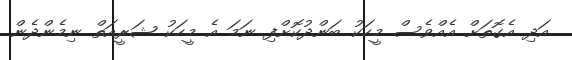
އަދި އެގޮތަށް އެއްވެސް މީހަކު ބަންދުކޮށްފި ނަމަ އެ މީހަކު ޝަރީއަތް ނިމެންދެން